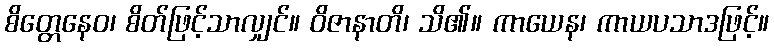
စိတ္တေနေဝ၊ စိတ်ဖြင့်သာလျှင်။ ဝိဇာနာတိ၊ သိ၏။ ကာယေန၊ ကာယပသာဒဖြင့်။